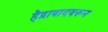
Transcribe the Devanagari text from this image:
हैद्राबादवरून